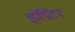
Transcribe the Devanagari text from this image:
इंप्रिंटर